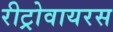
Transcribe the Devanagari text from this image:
रीट्रोवायरस